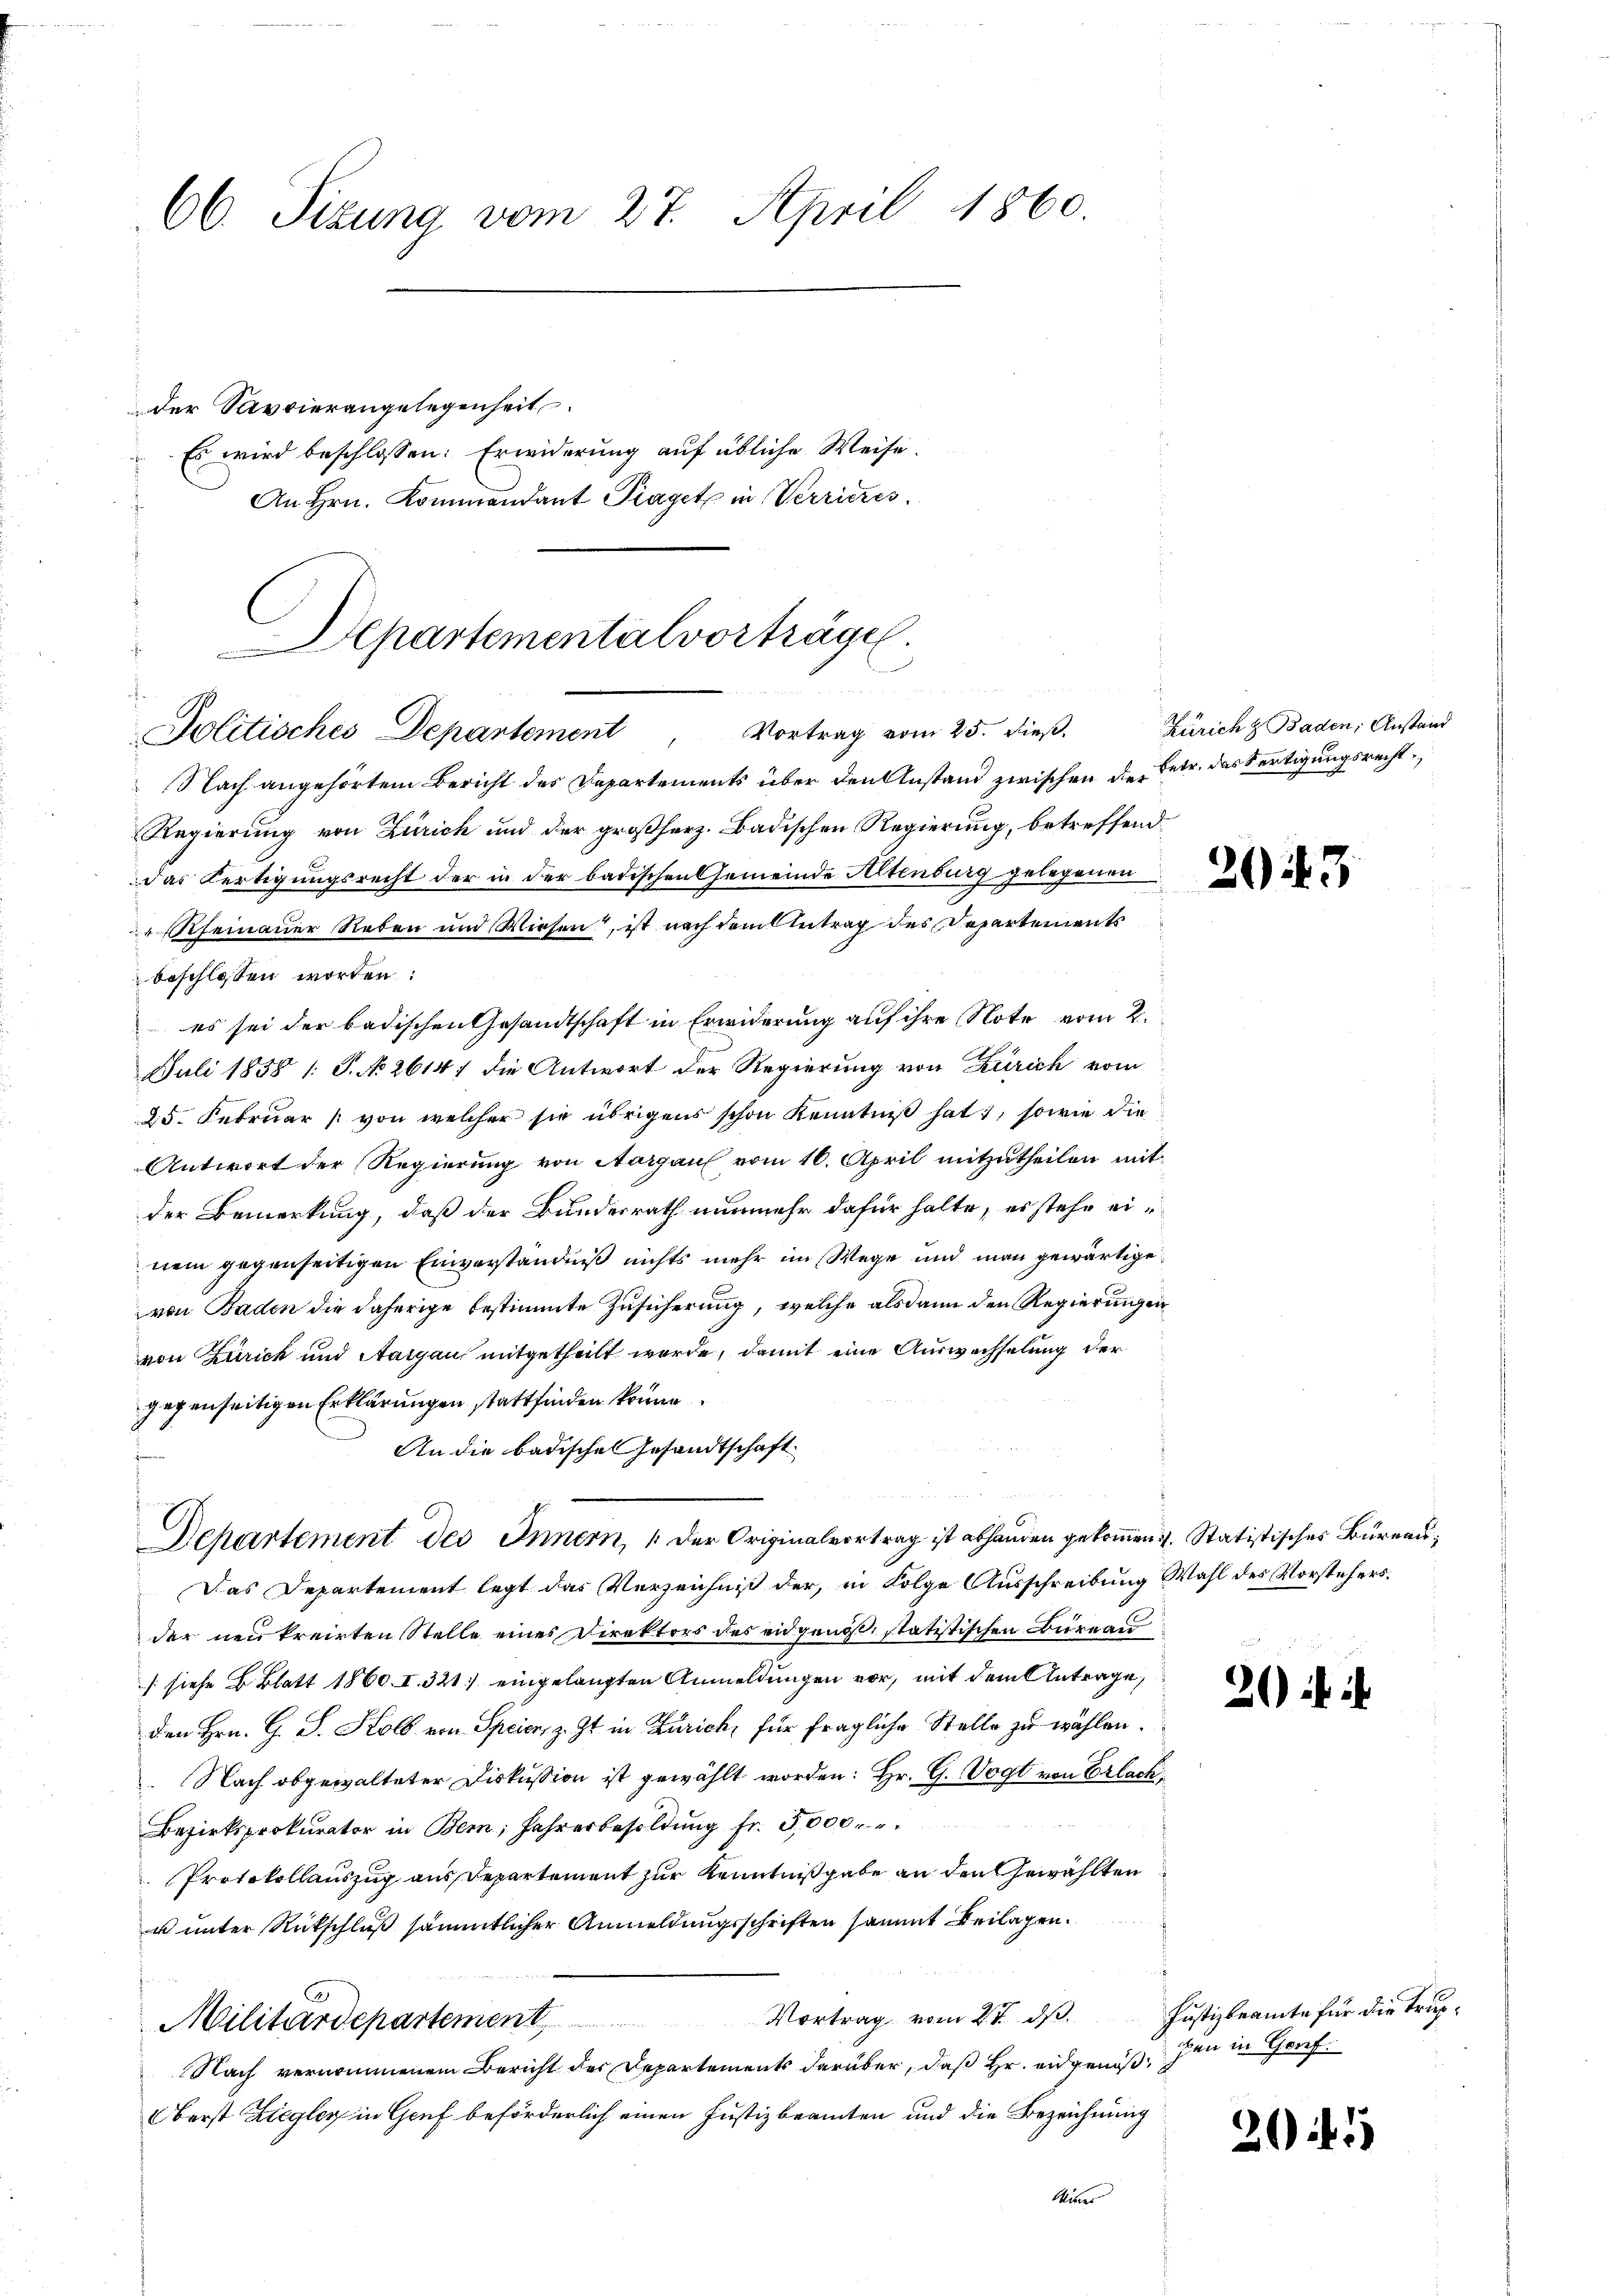
Departementalvorträge.

66. Sitzung vom 27. April 1860.
der Savvierangelegenheit
Es wird beschlossen: Erwiderung auf übliche Weise.
An Hrn. Kommandant Piaget in Verrieres.

e
Vortrag vom 25. dieß.
Politisches Departement

Nach angehörtem Bericht des Departements über den Anstand zwischen die Betr. das Fertigungsrecht
Regierung von Zürich und der großherz. Badischen Regierung, betreffenddas Fertigungsrecht der in der badischen Gemeinde Altenburg gelegenen
Rheinauer Reben und Wiesen“, ist nach dem Antrag des Departements
beschlossen worden:
es sei der badischen Gesandtschaft in Erwiderung auf ihre Note vom 2.
Juli 1858 1: P. No 2614) die Antwort der Regierung von Zürich vom
d. 5. Februar (von welcher sie übrigens schon Kenntniß hat, sowie die
Antwort der Regierung von Aargau vom 10. April mitzutheilen mit
der Bemerkung, daß der Bundesrath nunmehr dafür halte, es stehe einem gegenseitigen Einverständniß nichts mehr im Wege und man gewärtige
von Baden die daherige bestimmte Zusicherung, welche alsdann den Regierungen
von Zürich und Aargau mitgetheilt werde, damit eine Auswechselung der
gegenseitigen Erklärungen stattfinden könne
An die badische Gesandtschaft
Departement des Innern, der Originalvertrag ist abhanden gekommen 4. Statistisches Bureau,
Das Departement legt das Verzeichnis der, in Folge Ausschreibung Wahl des Vorstehersder neukreirten Stelle eines Direktors des eidgenoß, statistischen Büreau
/ siehe B. Blatt 1860. I. 321 eingelangten Anmeldungen vor, mit dem Antrage,
den Hrn. G. J. Kolb von Speier, z. Zt. in Zürich, für fragliche Stelle zu wählen.
 Nach abgewalteter Diskussion ist gewählt worden: Hr. G. Vogt von Erlack
Bezirksprokurator in Bern, Jahrerbesoldŭng fr. 5000.
Protokollauszug aus Departement zur Kenntnißgabe an den Gewählten
u unter Rückschluß sämmtlicher Anmeldungsschriften sammt Beilagen.
Vortrag vom 27. ds.
Militärdepartement
Nach vernommenem Bericht der Departements darüber, daß Hr. angenoß
Oberst Ziegler in Genf beförderlich einen Justizbeamten und die Bezeichnung
Miner

Zürich & Baden, Anstand

20

2

3

¬

Justizbeamte für die Trupden in Goref

201